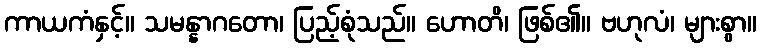
ကာယကံနှင့်။ သမန္နာဂတော၊ ပြည့်စုံသည်။ ဟောတိ၊ ဖြစ်၏။ ဗဟုလံ၊ များစွာ။